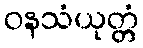
ဝနသံယုတ္တံ